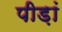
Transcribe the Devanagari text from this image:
पीड़ां